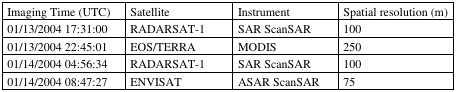
<table><thead><tr><td><b>Imaging Time (UTC)</b></td><td><b>Satellite</b></td><td><b>Instrument</b></td><td><b>Spatial resolution (m)</b></td></tr></thead><tbody><tr><td>01/13/2004 17:31:00</td><td>RADARSAT-1</td><td>SAR ScanSAR</td><td>100</td></tr><tr><td>01/13/2004 22:45:01</td><td>EOS/TERRA</td><td>MODIS</td><td>250</td></tr><tr><td>01/14/2004 04:56:34</td><td>RADARSAT-1</td><td>SAR ScanSAR</td><td>100</td></tr><tr><td>01/14/2004 08:47:27</td><td>ENVISAT</td><td>ASAR ScanSAR</td><td>75</td></tr></tbody></table>